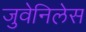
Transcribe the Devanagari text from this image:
जुवेनिलेस